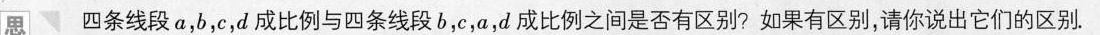
思 四条线段a，b，c，d成比例与四条线段b，c，a，d成比例之间是否有区别？如果有区别，请你说出它们的区别.